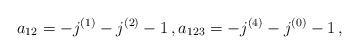
LaTeX: \begin{align*}a_{12} = -j^{(1)} - j^{(2)} - 1 \,, a_{123} = - j^{(4)} - j^{(0)} -1 \,, \end{align*}